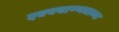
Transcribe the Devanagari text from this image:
एक्क्याण्णवाव्या